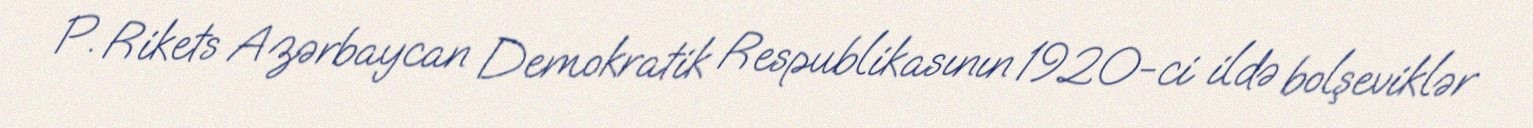
P. Rikets Azərbaycan Demokratik Respublikasının 1920-ci ildə bolşeviklər